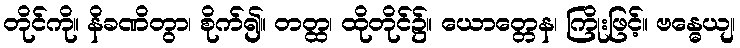
တိုင်ကို။ နိခဏိတွာ၊ စိုက်၍။ တတ္ထ၊ ထိုတိုင်၌။ ယောတ္တေန၊ ကြိုးဖြင့်။ ဗန္ဓေယျ၊